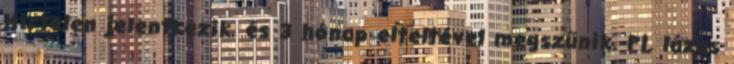
Hirtelen jelentkezik, és 3 hónap elteltével megszűnik. Pl. lázas